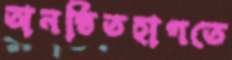
অনষ্ঠিতহাগতে